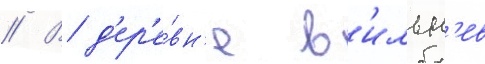
// В д'ер'е́вн'е в'ильн'ев